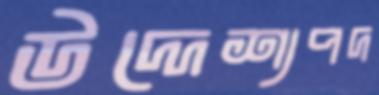
উদ্দেশ্যপদ